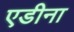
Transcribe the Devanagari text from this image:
एडीना